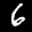
Label: 6